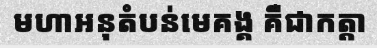
មហាអនុតំបន់មេគង្គ គឺជាកត្តា